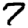
Digit: 7